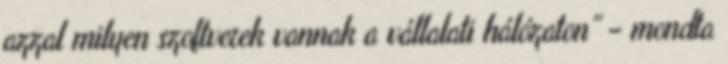
azzal milyen szoftverek vannak a vállalati hálózaton” – mondta